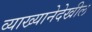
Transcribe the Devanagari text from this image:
व्याख्यानेदेखील